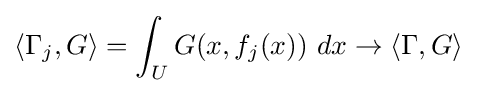
\langle \Gamma _{j},G\rangle =\int _{U}G(x,f_{j}(x))\ dx\to \langle \Gamma ,G\rangle